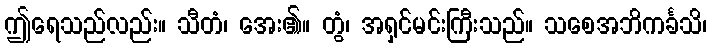
ဤရေသည်လည်း။ သီတံ၊ အေး၏။ တွံ၊ အရှင်မင်းကြီးသည်။ သစေအဘိကင်္ခသိ၊